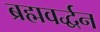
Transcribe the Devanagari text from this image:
ब्रह्मवर्द्धन